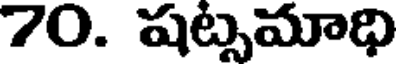
70. షట్సమాధి